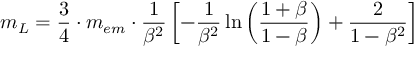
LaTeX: m _ { L } = { \frac { 3 } { 4 } } \cdot m _ { e m } \cdot { \frac { 1 } { \beta ^ { 2 } } } \left[ - { \frac { 1 } { \beta ^ { 2 } } } \ln \left( { \frac { 1 + \beta } { 1 - \beta } } \right) + { \frac { 2 } { 1 - \beta ^ { 2 } } } \right]